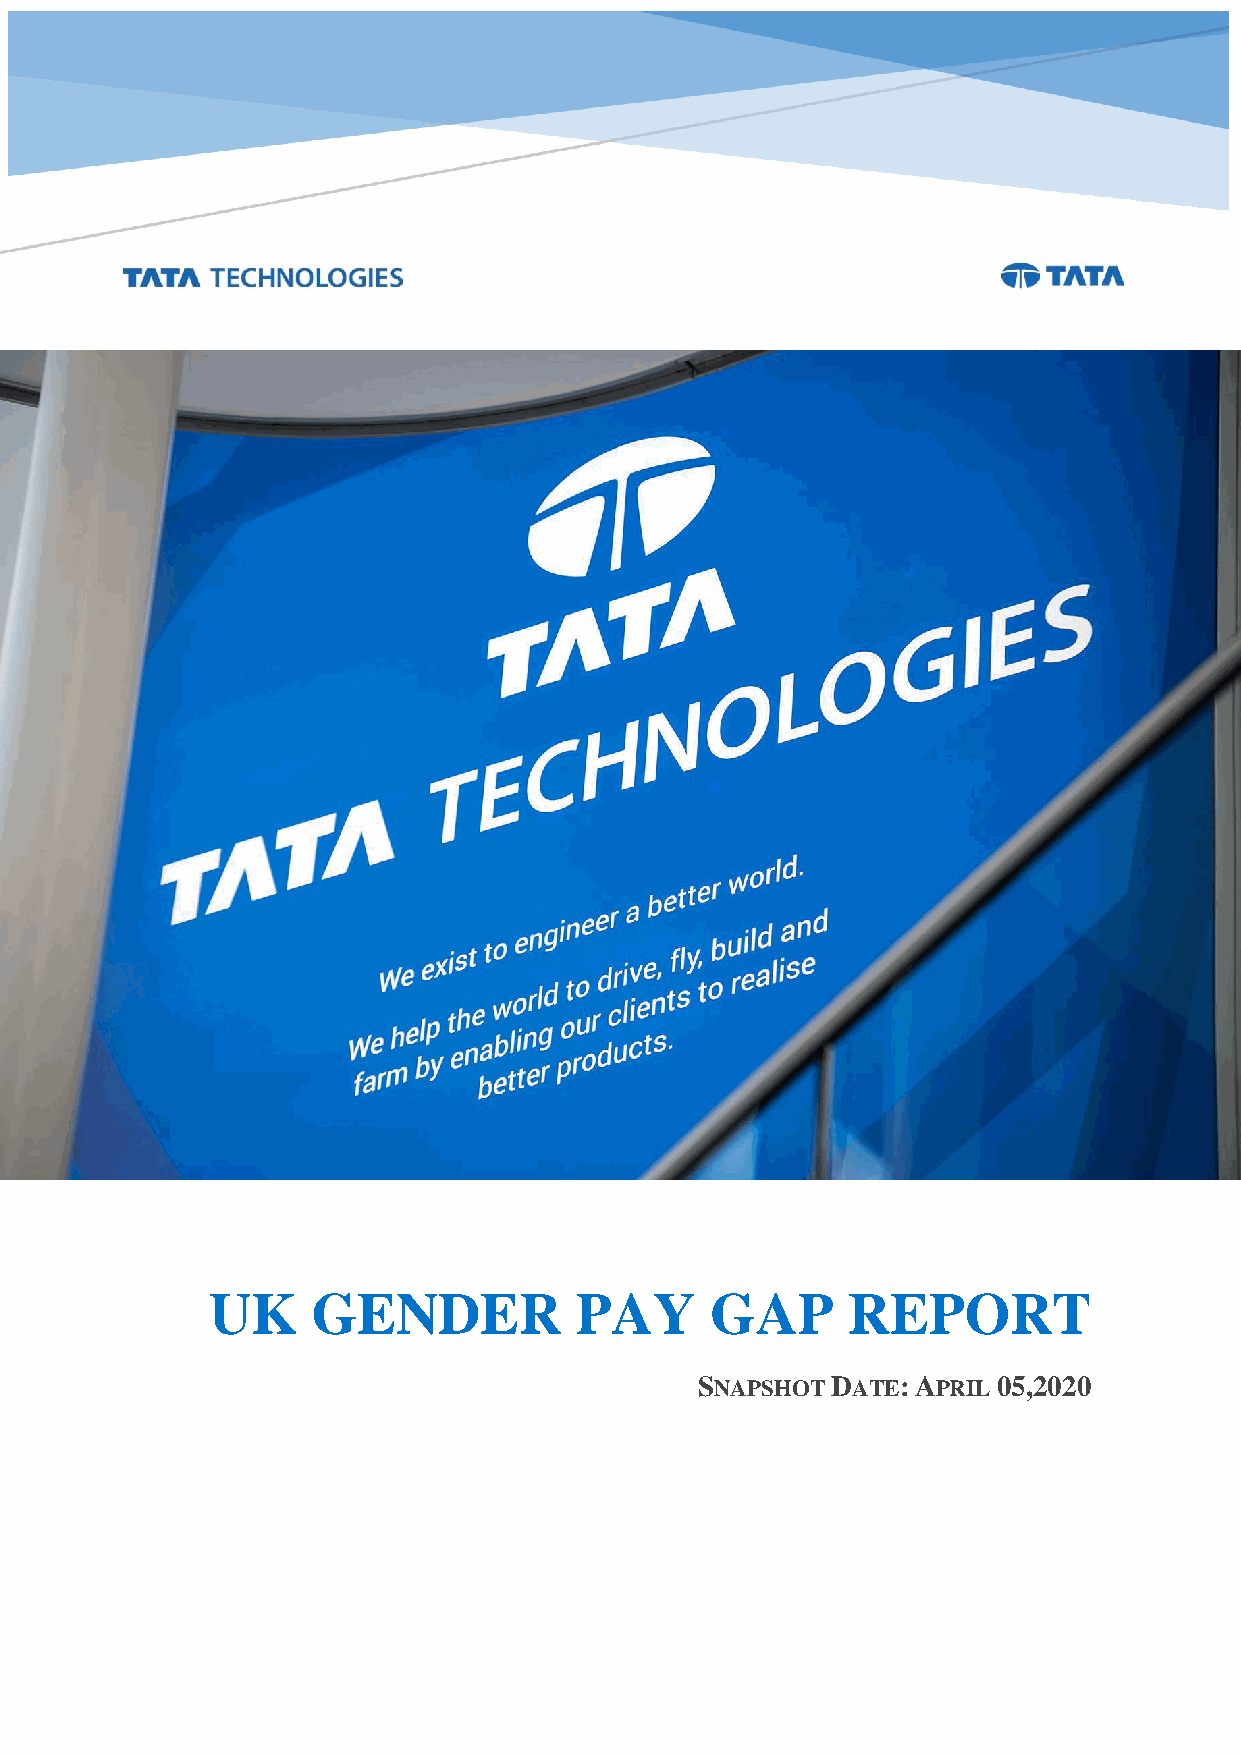
UK     GENDER           PAY      GAP      REPORT
 SNAPSHOT DATE: APRIL 05,2020